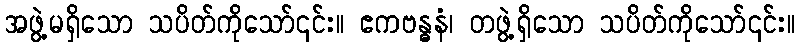
အဖွဲ့မရှိသော သပိတ်ကိုသော်၎င်း။ ဧကဗန္ဓနံ၊ တဖွဲ့ရှိသော သပိတ်ကိုသော်၎င်း။